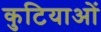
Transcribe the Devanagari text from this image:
कुटियाओं